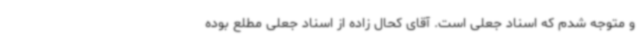
و متوجه شدم که اسناد جعلی است. آقای کحال زاده از اسناد جعلی مطلع بوده